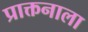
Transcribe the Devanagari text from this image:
प्राक्तनाला